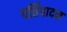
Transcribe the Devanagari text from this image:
पर्तिपादन